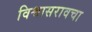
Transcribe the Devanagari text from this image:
विश्वासरावचा